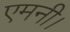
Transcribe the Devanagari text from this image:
एमनी।